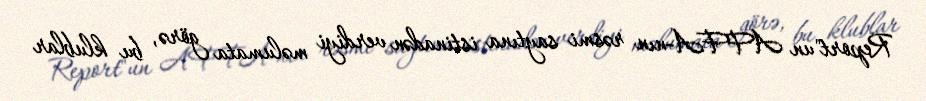
Report"un AFFA-nın rəsmi saytına istinadən verdiyi məlumata görə, bu klublar